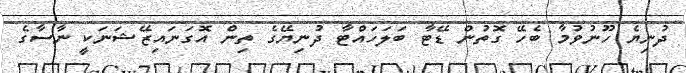
ދުނިޔެ ހޫނުވުމާ ބެހޭ ގޮތުން ޑޭޓާ ބަލަހައްޓާ ދުނިޔޭގެ ތިން އޮގަނައިޒޭޝަނަކީ ނާސާގެ